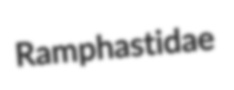
Ramphastidae